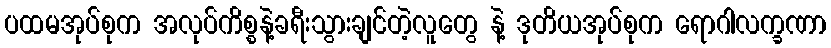
ပထမအုပ်စုက အလုပ်ကိစ္စနဲ့ခရီးသွားချင်တဲ့လူတွေ နဲ့ ဒုတိယအုပ်စုက ရောဂါလက္ခဏာ